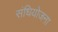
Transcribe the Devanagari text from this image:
संधियोजना